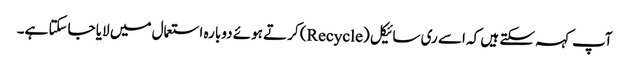
آپ کہہ سکتے ہیں کہ اسے ری سائیکل (Recycle) کرتے ہوئے دوبارہ استعمال میں لایا جاسکتا ہے۔